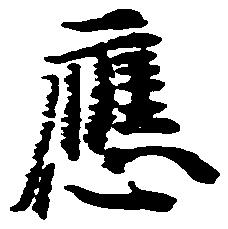
応